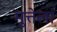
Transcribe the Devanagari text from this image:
मुत्तेला